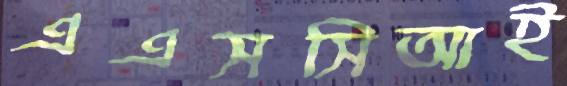
এএসসিআই